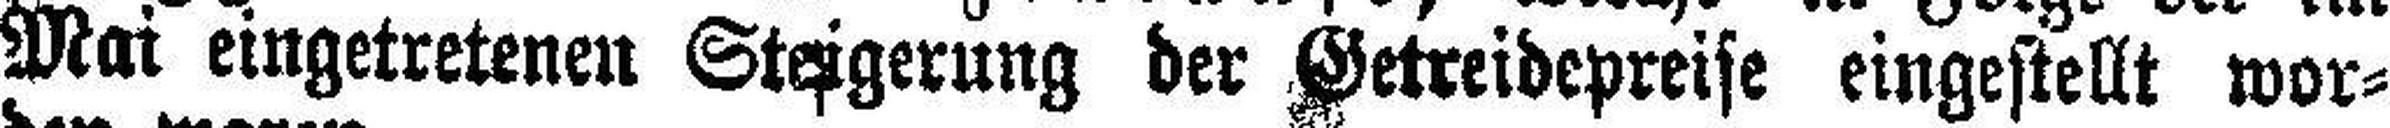
Mai eingetretenen Steigerung der Getreidepreise eingestellt wor¬